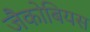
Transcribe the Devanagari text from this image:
जैकोबियस